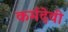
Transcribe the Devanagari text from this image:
कर्मदेवी